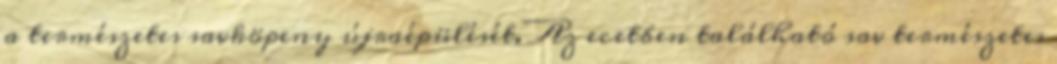
a természetes savköpeny újraépülését. Az ecetben található sav természetes